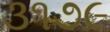
૩૧૭૯